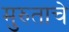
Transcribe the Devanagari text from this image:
मुरुताचे